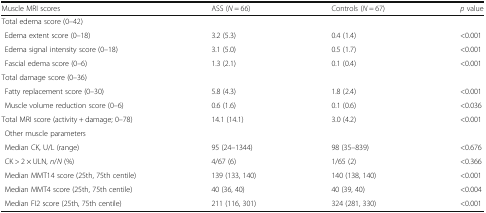
| Muscle MRI scores | ASS (N = 66) | Controls (N = 67) | p value |
 | --- | --- | --- | --- |
 | <COLSPAN=4> Total edema score (0–42) |
 | Edema extent score (0–18) | 3.2 (5.3) | 0.4 (1.4) | <0.001 |
 | Edema signal intensity score (0–18) | 3.1 (5.0) | 0.5 (1.7) | <0.001 |
 | Fascial edema score (0–6) | 1.3 (2.1) | 0.1 (0.4) | <0.001 |
 | <COLSPAN=4> Total damage score (0–36) |
 | Fatty replacement score (0–30) | 5.8 (4.3) | 1.8 (2.4) | <0.001 |
 | Muscle volume reduction score (0–6) | 0.6 (1.6) | 0.1 (0.6) | <0.036 |
 | Total MRI score (activity + damage; 0–78) | 14.1 (14.1) | 3.0 (4.2) | <0.001 |
 | <COLSPAN=4> Other muscle parameters |
 | Median CK, U/L (range) | 95 (24–1344) | 98 (35–839) | <0.676 |
 | CK > 2 × ULN, n/N (%) | 4/67 (6) | 1/65 (2) | <0.366 |
 | Median MMT14 score (25th, 75th centile) | 139 (133, 140) | 140 (138, 140) | <0.001 |
 | Median MMT4 score (25th, 75th centile) | 40 (36, 40) | 40 (39, 40) | <0.004 |
 | Median FI2 score (25th, 75th centile) | 211 (116, 301) | 324 (281, 330) | <0.001 |